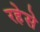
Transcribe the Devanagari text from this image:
रहेसे